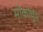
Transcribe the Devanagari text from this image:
मोकोचुंग